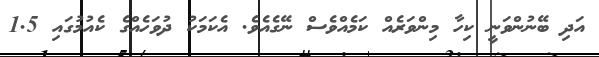
އަދި ބޭނުންވަނީ ކިހާ މިންވަރެއް ކަމެއްވެސް ނޭގެއެވެ. އެކަމަކު ދުވަހެއްގެ ކެއުމުގައި 1.5